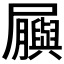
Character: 𫵬